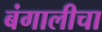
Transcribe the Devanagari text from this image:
बंगालीचा